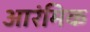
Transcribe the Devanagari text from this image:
आरंमिक